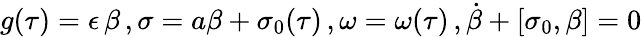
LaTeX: g(\tau)=\epsilon\, \beta\, ,\sigma=a\beta+\sigma_{0}(\tau)\, ,\omega=\omega(\tau)\, ,\dot{\beta}+[\sigma_{0},\beta]=0